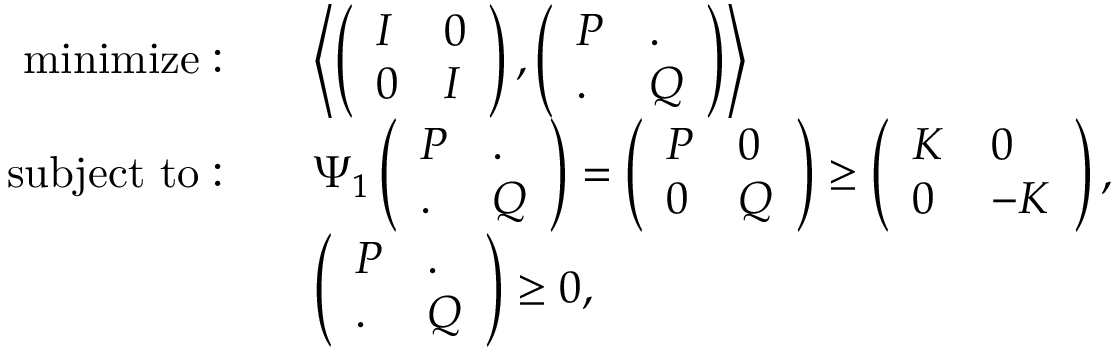
\begin{array} { r l } { \mathrm { m i n i m i z e } : \quad } & { \left\langle \left( \begin{array} { l l } { I } & { 0 } \\ { 0 } & { I } \end{array} \right) , \left( \begin{array} { l l } { P } & { . } \\ { . } & { Q } \end{array} \right) \right\rangle } \\ { \mathrm { s u b j e c t ~ t o } : \quad } & { \Psi _ { 1 } \left( \begin{array} { l l } { P } & { . } \\ { . } & { Q } \end{array} \right) = \left( \begin{array} { l l } { P } & { 0 } \\ { 0 } & { Q } \end{array} \right) \geq \left( \begin{array} { l l } { K } & { 0 } \\ { 0 } & { - K } \end{array} \right) , } \\ & { \left( \begin{array} { l l } { P } & { . } \\ { . } & { Q } \end{array} \right) \geq 0 , } \end{array}